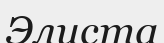
Элиста